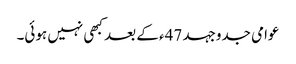
عوامی جدوجہد 47ء کے بعد کبھی نہیں ہوئی۔